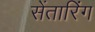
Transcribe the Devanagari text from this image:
सेंतारिंग